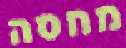
מחסה